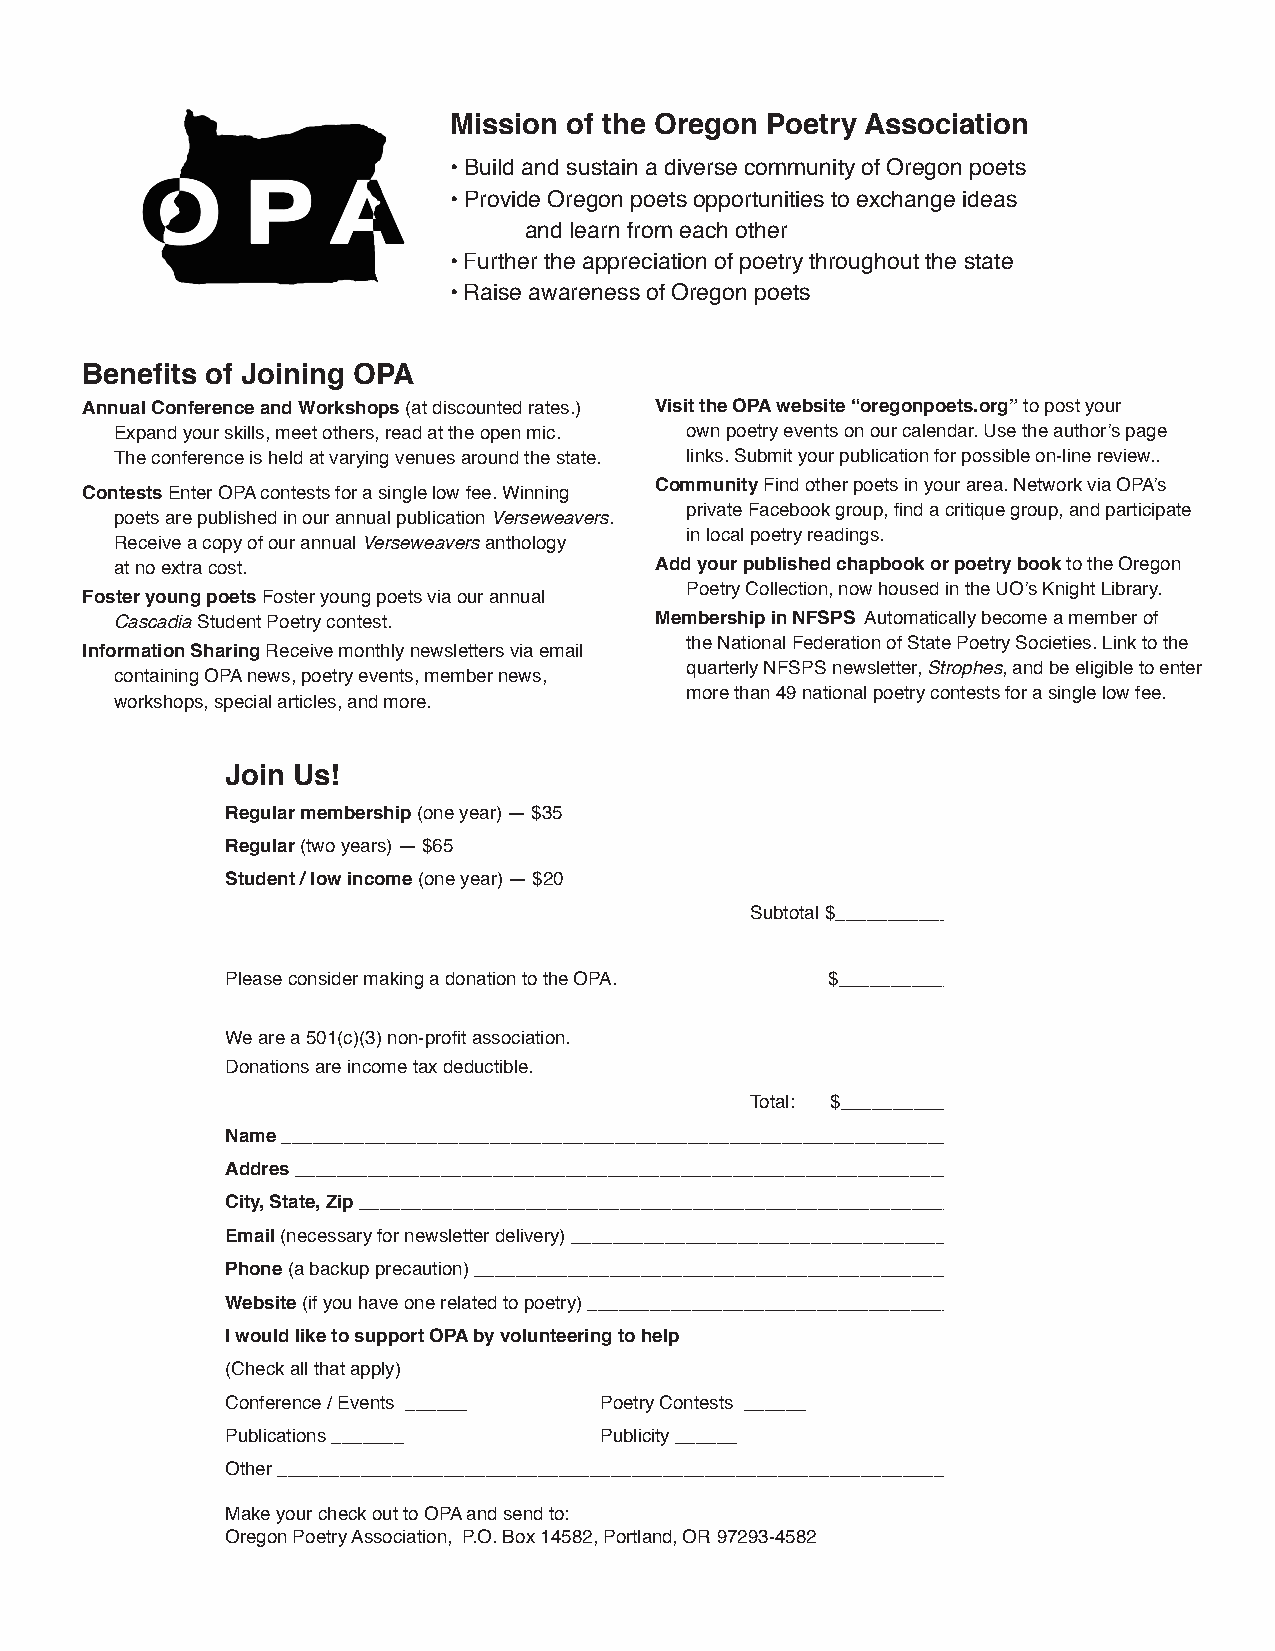
Mission of the Oregon Poetry Association
 • Build and sustain a diverse community of Oregon poets
 • Provide Oregon poets opportunities to exchange ideas
 and learn from each other
 • Further the appreciation of poetry throughout the state
 • Raise awareness of Oregon poets
 Benefits of Joining OPA
 Annual Conference and Workshops (at discounted rates.) Visit the OPA website “oregonpoets.org” to post your
 Expand your skills, meet others, read at the open mic. own poetry events on our calendar. Use the author’s page
 The conference is held at varying venues around the state. links. Submit your publication for possible on-line review..
 Community Find other poets in your area. Network via OPA’s
 Contests Enter OPA contests for a single low fee. Winning
 private Facebook group, find a critique group, and participate
 poets are published in our annual publication Verseweavers.
 in local poetry readings.
 Receive a copy of our annual Verseweavers anthology
 at no extra cost.                  Add your published chapbook or poetry book to the Oregon
 Poetry Collection, now housed in the UO’s Knight Library.
 Foster young poets Foster young poets via our annual
 Cascadia Student Poetry contest.   Membership in NFSPS Automatically become a member of
 the National Federation of State Poetry Societies. Link to the
 Information Sharing Receive monthly newsletters via email
 quarterly NFSPS newsletter, Strophes, and be eligible to enter
 containing OPA news, poetry events, member news,
 more than 49 national poetry contests for a single low fee.
 workshops, special articles, and more.
 Join Us!
 Regular membership (one year) — $35
 Regular (two years) — $65
 Student / low income (one year) — $20
 Subtotal $_____________
 Please consider making a donation to the OPA. $________________
 We are a 501(c)(3) non-profit association.
 Donations are income tax deductible.
 Total: $__________
 Name ________________________________________________________________
 Addres _________________________________________________________________
 City, State, Zip ___________________________________________________________
 Email (necessary for newsletter delivery) _______________________________________
 Phone (a backup precaution) ________________________________________________
 Website (if you have one related to poetry) _____________________________________
 I would like to support OPA by volunteering to help
 (Check all that apply)
 Conference / Events ______ Poetry Contests ______
 Publications _______     Publicity ______
 Other _________________________________________________________________
 Make your check out to OPA and send to:
 Oregon Poetry Association, P.O. Box 14582, Portland, OR 97293-4582